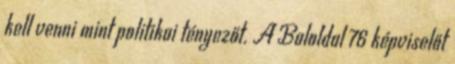
kell venni mint politikai tényezőt. A Baloldal 76 képviselőt